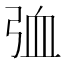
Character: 𪪽